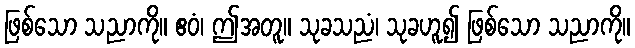
ဖြစ်သော သညာကို။ ဧဝံ၊ ဤအတူ။ သုခသညံ၊ သုခဟူ၍ ဖြစ်သော သညာကို။